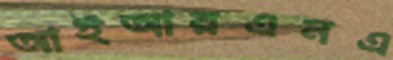
আইআরএনএ